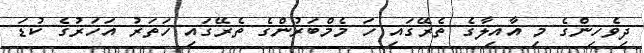
ދިވެހިންގެ މި އާއިލާގެ ތެރޭގައި ހަ މެމްބަރުންގެ ތެރޭގައި ހަތަރު އަހަރުގެ ކުޑަ